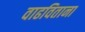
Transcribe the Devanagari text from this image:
वाढविताना